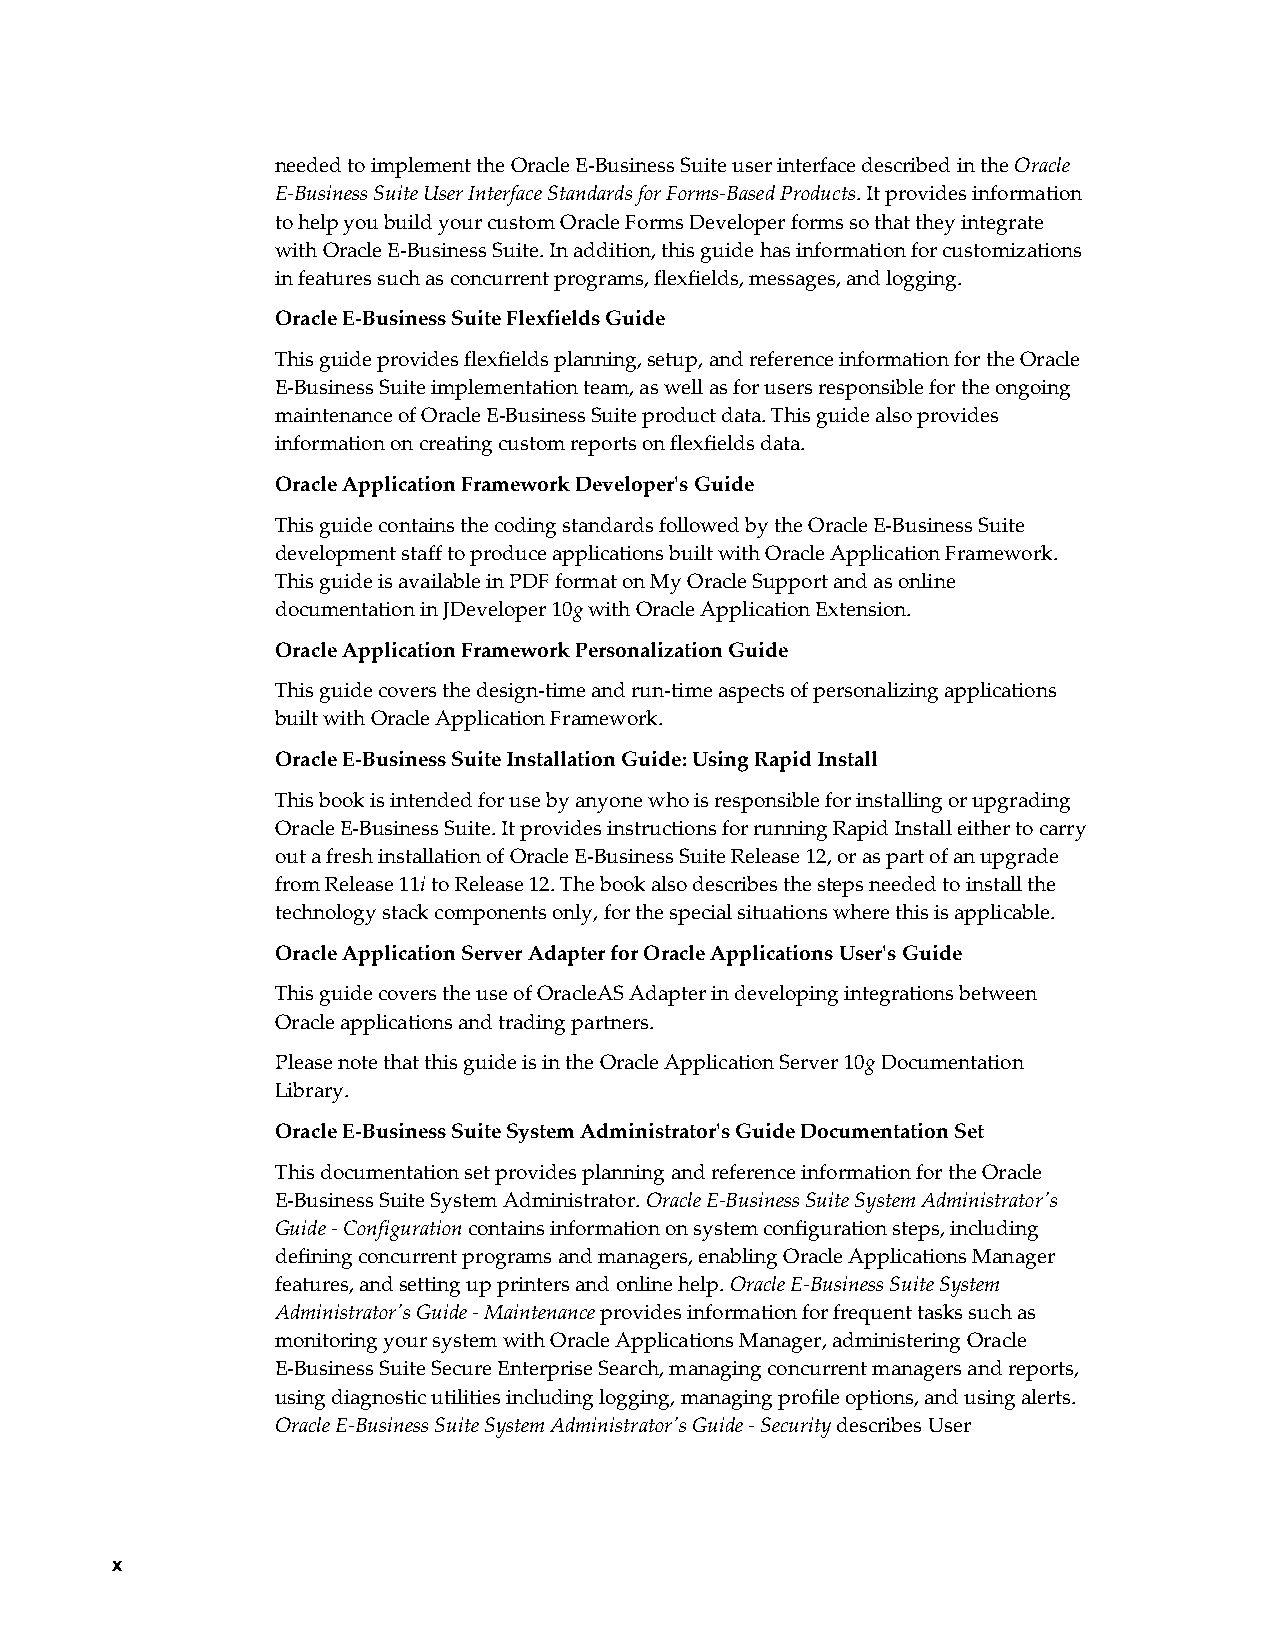
needed to implement the Oracle E-Business Suite user interface described in the Oracle
 E-Business Suite User Interface Standards for Forms-Based Products. It provides information
 to help you build your custom Oracle Forms Developer forms so that they integrate
 with Oracle E-Business Suite. In addition, this guide has information for customizations
 in features such as concurrent programs, flexfields, messages, and logging.
 Oracle E-Business Suite Flexfields Guide
 This guide provides flexfields planning, setup, and reference information for the Oracle
 E-Business Suite implementation team, as well as for users responsible for the ongoing
 maintenance of Oracle E-Business Suite product data. This guide also provides
 information on creating custom reports on flexfields data.
 Oracle Application Framework Developer's Guide
 This guide contains the coding standards followed by the Oracle E-Business Suite
 development staff to produce applications built with Oracle Application Framework.
 This guide is available in PDF format on My Oracle Support and as online
 documentation in JDeveloper 10g with Oracle Application Extension.
 Oracle Application Framework Personalization Guide
 This guide covers the design-time and run-time aspects of personalizing applications
 built with Oracle Application Framework.
 Oracle E-Business Suite Installation Guide: Using Rapid Install
 This book is intended for use by anyone who is responsible for installing or upgrading
 Oracle E-Business Suite. It provides instructions for running Rapid Install either to carry
 out a fresh installation of Oracle E-Business Suite Release 12, or as part of an upgrade
 from Release 11i to Release 12. The book also describes the steps needed to install the
 technology stack components only, for the special situations where this is applicable.
 Oracle Application Server Adapter for Oracle Applications User's Guide
 This guide covers the use of OracleAS Adapter in developing integrations between
 Oracle applications and trading partners.
 Please note that this guide is in the Oracle Application Server 10g Documentation
 Library.
 Oracle E-Business Suite System Administrator's Guide Documentation Set
 This documentation set provides planning and reference information for the Oracle
 E-Business Suite System Administrator. Oracle E-Business Suite System Administrator's
 Guide - Configuration contains information on system configuration steps, including
 defining concurrent programs and managers, enabling Oracle Applications Manager
 features, and setting up printers and online help. Oracle E-Business Suite System
 Administrator's Guide - Maintenance provides information for frequent tasks such as
 monitoring your system with Oracle Applications Manager, administering Oracle
 E-Business Suite Secure Enterprise Search, managing concurrent managers and reports,
 using diagnostic utilities including logging, managing profile options, and using alerts.
 Oracle E-Business Suite System Administrator's Guide - Security describes User
 x